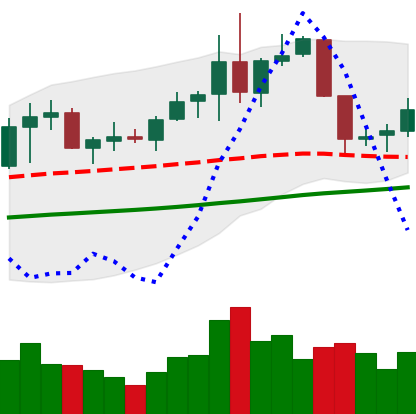
Ticker: NEO-USD
Chart end date: 2019-06-07
Forward return: 5.464%
Label: up_5_7